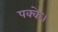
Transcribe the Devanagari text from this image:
पक्के।